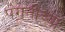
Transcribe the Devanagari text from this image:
पंगतीच्या